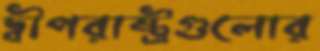
দ্বীপরাষ্ট্রগুলোর